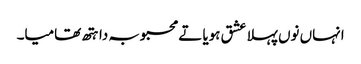
انہاں نوں پہلا عشق ہویا تے محبوبہ دا ہتھ تھامیا۔